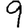
Digit: 9